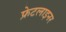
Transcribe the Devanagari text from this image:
फ्रेटलाइनर